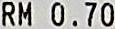
RM 0.70